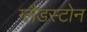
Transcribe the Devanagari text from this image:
ग्‍लैडस्‍टोन